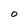
Character: O